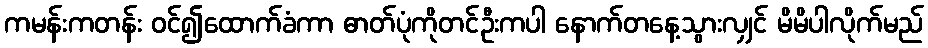
ကမန်းကတန်း ဝင်၍ထောက်ခံကာ ဓာတ်ပုံကိုတင်ဦးကပါ နောက်တနေ့သွားလျှင် မိမိပါလိုက်မည်